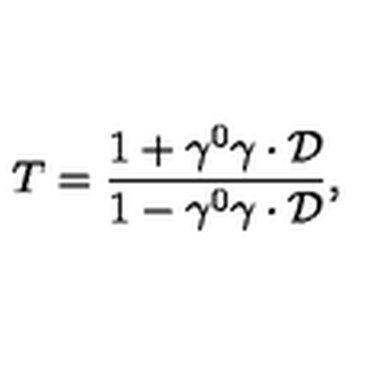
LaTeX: T = { \frac { 1 + \gamma ^ { 0 } \mathrm { \boldmath { \gamma } } \cdot { \cal D } } { 1 - \gamma ^ { 0 } \mathrm { \boldmath { \gamma } } \cdot { \cal D } } } ,